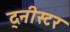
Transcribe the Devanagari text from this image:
द्नीस्टर